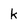
Character: k